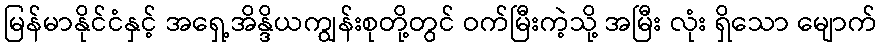
မြန်မာနိုင်ငံနှင့် အရှေ့အိန္ဒိယကျွန်းစုတို့တွင် ဝက်မြီးကဲ့သို့ အမြီး လုံး ရှိသော မျောက်